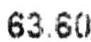
63.60